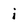
Character: i